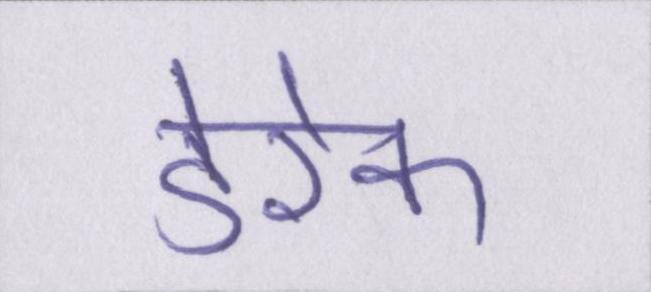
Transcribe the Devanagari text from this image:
डेरेक